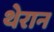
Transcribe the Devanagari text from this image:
थेरान